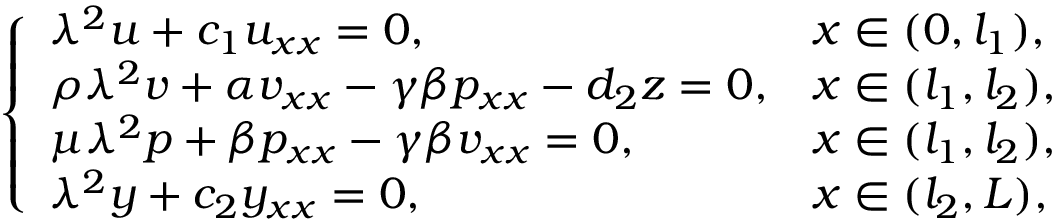
\left\{ \begin{array} { l l } { { \lambda } ^ { 2 } u + c _ { 1 } u _ { x x } = 0 , } & { x \in ( 0 , l _ { 1 } ) , } \\ { \rho { \lambda } ^ { 2 } v + \alpha v _ { x x } - \gamma \beta p _ { x x } - d _ { 2 } z = 0 , } & { x \in ( l _ { 1 } , l _ { 2 } ) , } \\ { \mu { \lambda } ^ { 2 } p + \beta p _ { x x } - \gamma \beta v _ { x x } = 0 , } & { x \in ( l _ { 1 } , l _ { 2 } ) , } \\ { { \lambda } ^ { 2 } y + c _ { 2 } y _ { x x } = 0 , } & { x \in ( l _ { 2 } , L ) , } \end{array} \right.